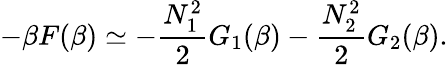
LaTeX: -\beta F(\beta)\simeq-\frac{N_{1}^{2}}{2}G_{1}(\beta)-\frac{N_{2}^{2}}{2}G_{2}(\beta).